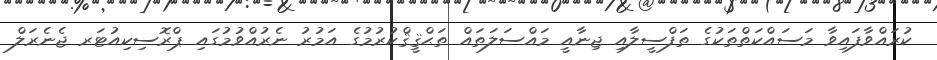
ކުރައްވާފައިވާ މަސައްކަތްތަކުގެ ތަފްސީލާއި ޖިނާއީ މައްސަލަތައް ތަޙްޤީޤްކުރުމުގެ އަމުރު ނެރުއްވުމުގައި ޕްރޮސިކިއުޓަރ ޖެނެރަލް